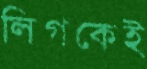
লিগকেই